Plague in India, 1896, 1897 - Volume 1
Year: 1896
Disease focus: Plague
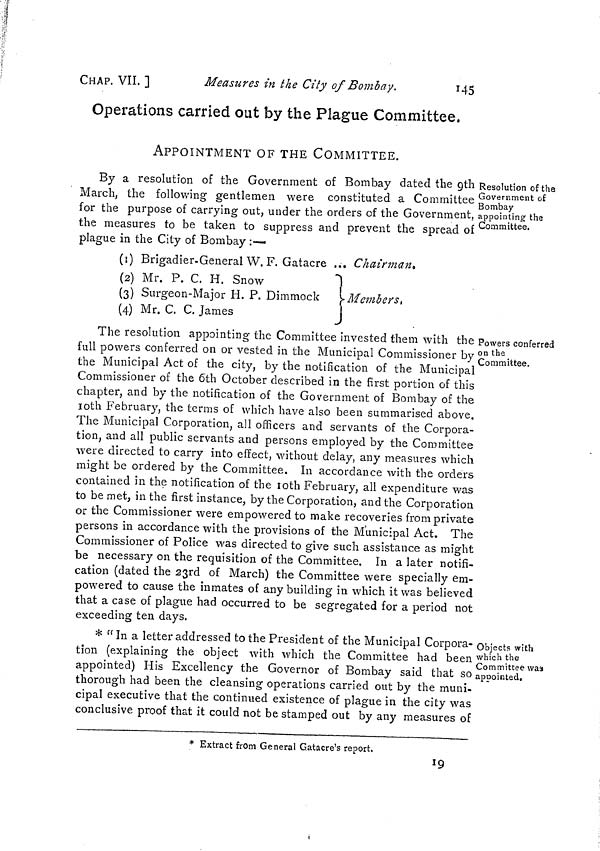
CHAP. VIL ]
Measures in the City of Bombay.
145
Operations carried out by the Plague Committee,
APPOINTMENT OF THE COMMITTEE.
Resolution of the
Government of
Bombay
appointing the
Committee.
By a resolution of the Government of Bombay dated the 9th
March, the following gentlemen were constituted a Committee
for the purpose of carrying out, under the orders of the Government,
the measures to be taken to suppress and prevent the spread of
plague in the City of Bombay :—
(1) Brigadier-General W. F. Gatacre ..
(2) Mr. P. C. H. Snow
(3) Surgeon-Major H. P. Dimmock
(4) Mr. C. C. James
Chairman.
Members,
Powers conferred
on the
Committee.
The resolution appointing the Committee invested them with the
full powers conferred on or vested in the Municipal Commissioner by ¡
the Municipal Act of the city, by the notification of the Municipal
Commissioner of the 6th October described in the first portion of this
chapter, and by the notification of the Government of Bombay of the
10th February, the terms of which have also been summarised above.
The Municipal Corporation, all officers and servants of the Corpora-
tion, and all public servants and persons employed by the Committee
were directed to carry into effect, without delay, any measures which
might be ordered by the Committee. In accordance with the orders
contained in the notification of the 10th February, all expenditure was
to be met, in the first instance, by the Corporation, and the Corporation
or the Commissioner were empowered to make recoveries from private
persons in accordance with the provisions of the Municipal Act. The
Commissioner of Police was directed to give such assistance as might
be necessary on the requisition of the Committee. In a later notifi-
cation (dated the 23rd of March) the Committee were specially em-
powered to cause the inmates of any building in which it was believed
that a case of plague had occurred to be segregated for a period not
exceeding ten days.
Objects with
which the
Committee was
appointed.
* " In a letter addressed to the President of the Municipal Corpora-
tion (explaining the object with which the Committee had been
appointed) His Excellency the Governor of Bombay said that so
thorough had been the cleansing operations carried out by the muni-
cipal executive that the continued existence of plague in the city was
conclusive proof that it could not be stamped out by any measures of
* Extract from General Gatacre's report.
19